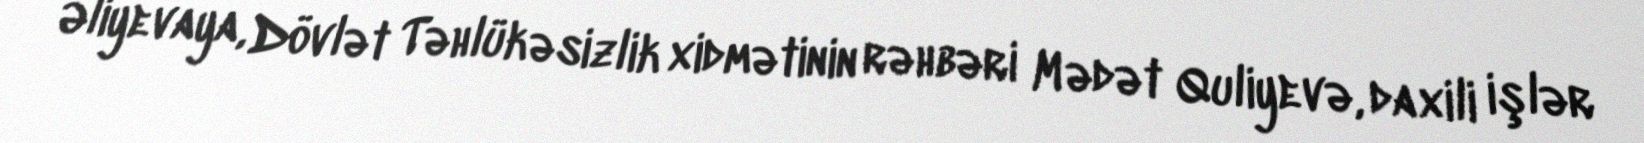
Əliyevaya, Dövlət Təhlükəsizlik xidmətinin rəhbəri Mədət Quliyevə, daxili işlər